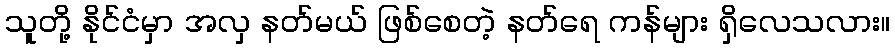
သူတို့ နိုင်ငံမှာ အလှ နတ်မယ် ဖြစ်စေတဲ့ နတ်ရေ ကန်များ ရှိလေသလား။